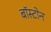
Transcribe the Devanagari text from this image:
बाॅस्टोन